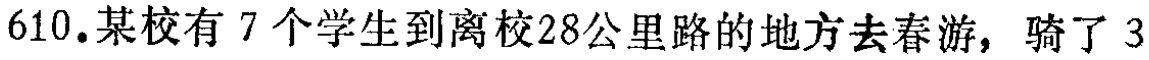
610.某校有 7 个学生到离校28公里路的地方去春游，骑了 3